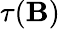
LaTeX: \tau(\mathbf{B})